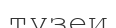
түзеи